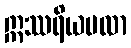
ဣဿရိယဗလာ